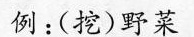
例：(挖)野菜